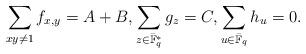
LaTeX: \begin{align*}\sum_{x y\ne 1}f_{x,y}=A+B, \sum_{z\in \bar{\mathbb{F}}^*_q} g_{z}=C, \sum_{u\in \bar{\mathbb{F}}_q} h_{u}= 0.\end{align*}